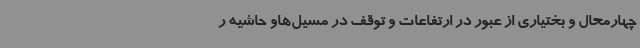
چهارمحال و بختیاری از عبور در ارتفاعات و توقف در مسیل‌هاو حاشیه ر